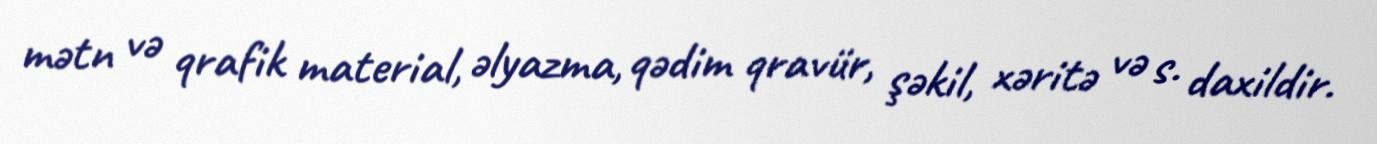
mətn və qrafik material, əlyazma, qədim qravür, şəkil, xəritə və s. daxildir.